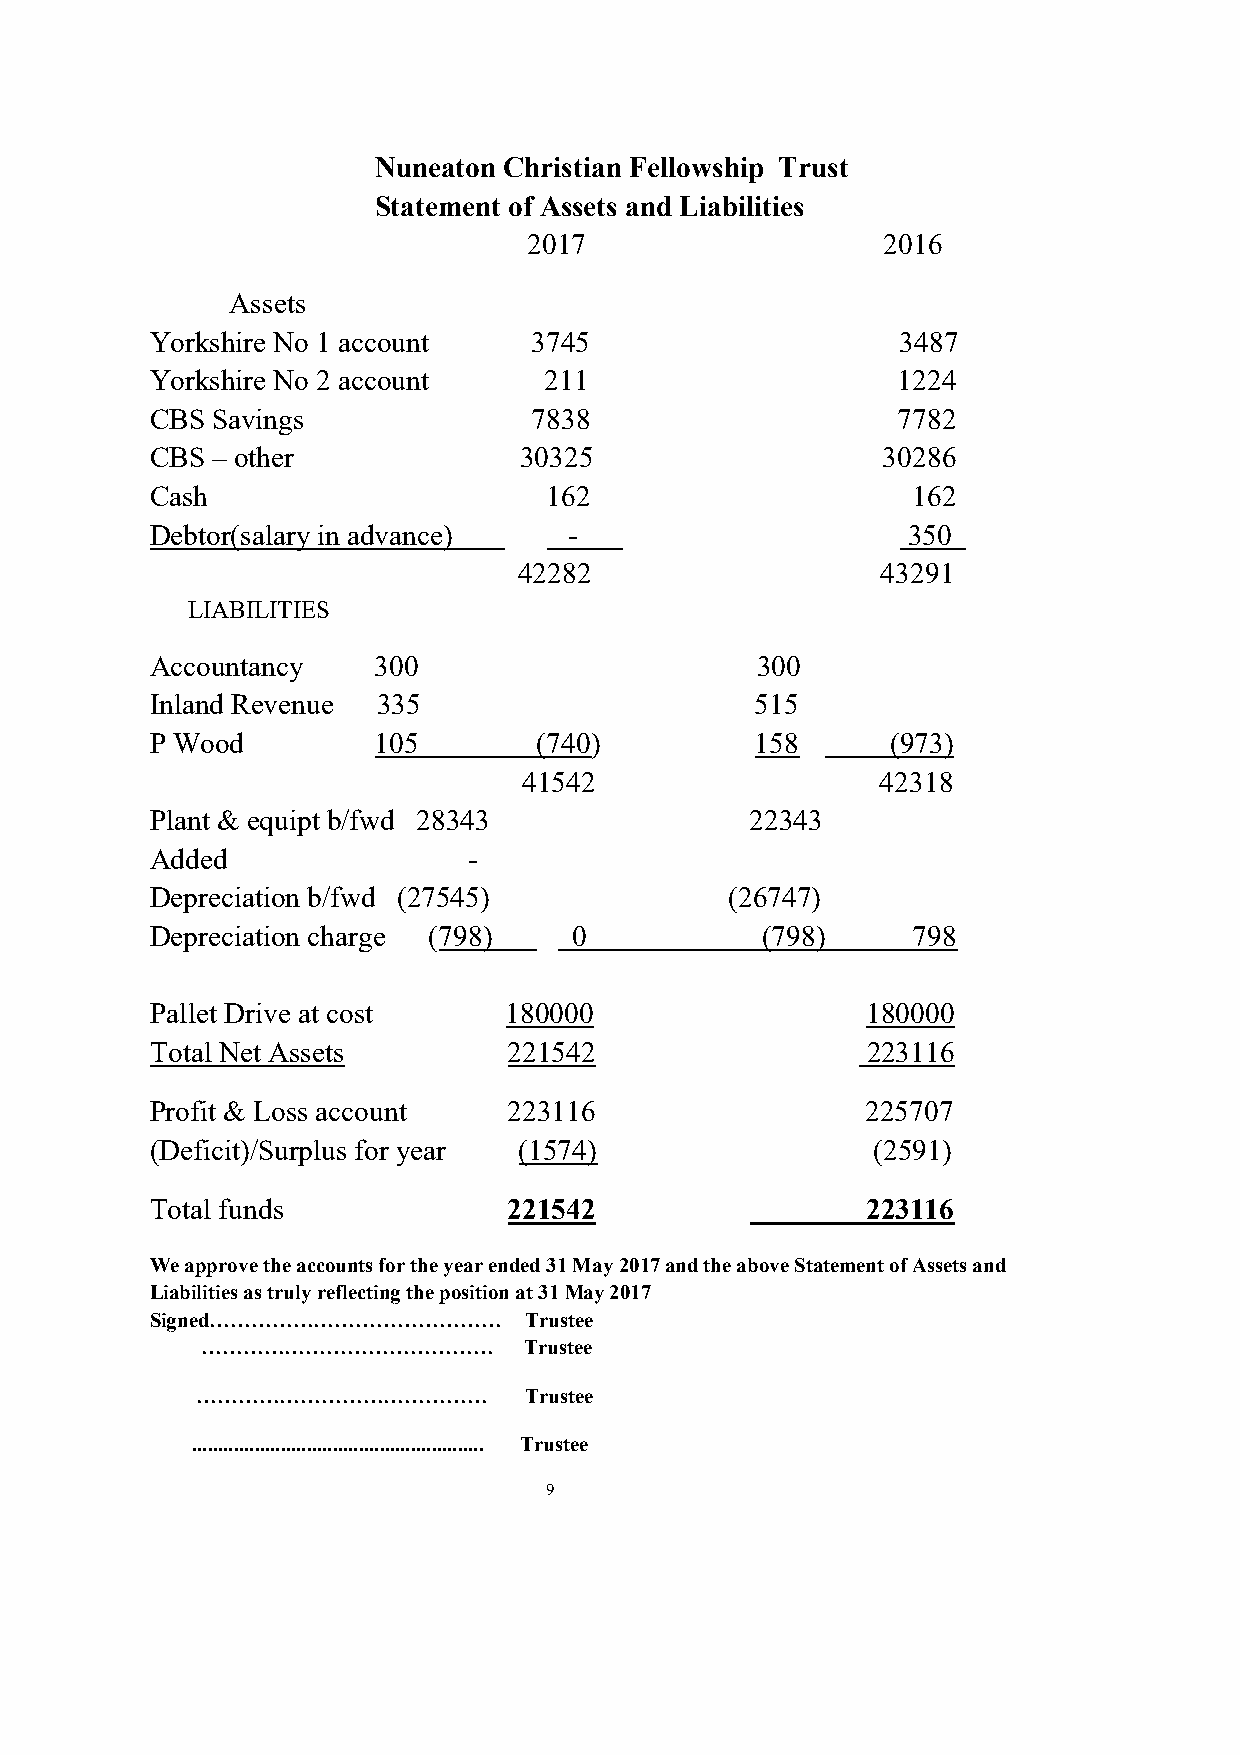
Nuneaton Christian Fellowship Trust
 Statement of Assets and Liabilities
 2017                   2016
 Assets
 Yorkshire No 1 account   3745                     3487
 Yorkshire No 2 account    211                    1224
 CBS Savings              7838                    7782
 CBS – other             30325                   30286
 Cash                      162                     162
 Debtor(salary in advance)   -                     350
 42282                   43291
 LIABILITIES
 Accountancy    300                      300
 Inland Revenue 335                      515
 P Wood         105        (740)         158      (973)
 41542                  42318
 Plant & equipt b/fwd 28343              22343
 Added                -
 Depreciation b/fwd (27545)            (26747)
 Depreciation charge (798)   0           (798)     798
 Pallet Drive at cost    180000                 180000
 Total Net Assets        221542                 223116
 Profit & Loss account   223116                 225707
 (Deficit)/Surplus for year (1574)               (2591)
 Total funds             221542                 223116
 We approve the accounts for the year ended 31 May 2017 and the above Statement of Assets and
 Liabilities as truly reflecting the position at 31 May 2017
 Signed……………………………………     Trustee
 ……………………………………        Trustee
 ……………………………………        Trustee
 ........................................................ Trustee
 9